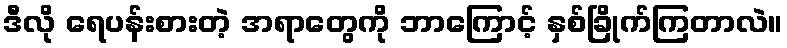
ဒီလို ရေပန်းစားတဲ့ အရာတွေကို ဘာကြောင့် နှစ်ခြိုက်ကြတာလဲ။